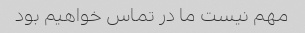
مهم نیست ما در تماس خواهیم بود